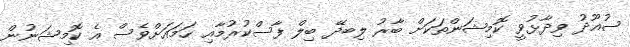
ސުއޫދު ވިދާޅުވީ ކޮމިޝަންތަކަށް ބާރު ލިބދޭ ބިލް ފާސްކުރުމާއި ހަމައަށްވެސް އެ ކޮމިޝަނުން